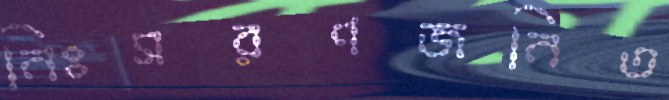
নিঃসরণজনিত